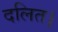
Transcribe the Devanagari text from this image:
दलित।